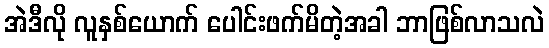
အဲဒီလို လူနှစ်ယောက် ပေါင်းဖက်မိတဲ့အခါ ဘာဖြစ်လာသလဲ